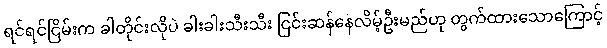
ရင်ရင်ငြိမ်းက ခါတိုင်းလိုပဲ ခါးခါးသီးသီး ငြင်းဆန်နေလိမ့်ဦးမည်ဟု တွက်ထားသောကြောင့်